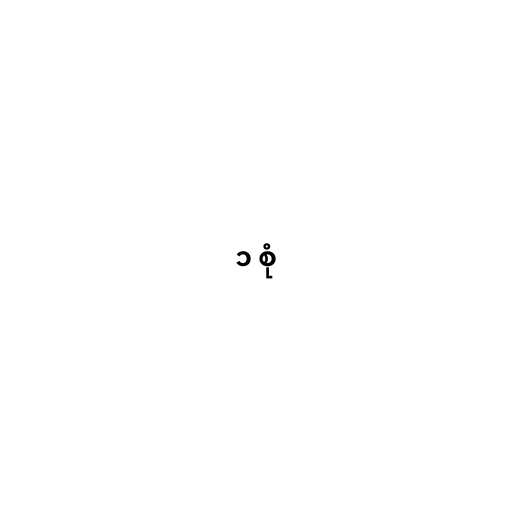
၁ စုံ